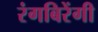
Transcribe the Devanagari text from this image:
रंगबिरेंगी